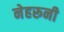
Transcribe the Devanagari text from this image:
नेहरूनी